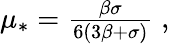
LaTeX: \begin{array}{r}{\mu_{*}=\frac{\beta\sigma}{6(3\beta+\sigma)}\; ,}\end{array}